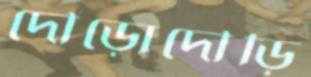
দৌড়োদৌড়ি